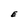
Character: E